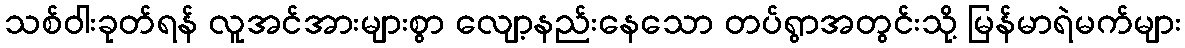
သစ်ဝါးခုတ်ရန် လူအင်အားများစွာ လျော့နည်းနေသော တပ်ရွာအတွင်းသို့ မြန်မာရဲမက်များ